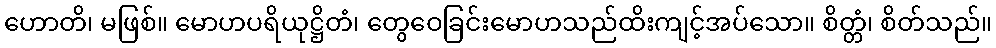
ဟောတိ၊ မဖြစ်။ မောဟပရိယုဋ္ဌိတံ၊ တွေဝေခြင်းမောဟသည်ထိးကျင့်အပ်သော။ စိတ္တံ၊ စိတ်သည်။